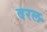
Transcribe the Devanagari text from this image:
वरल